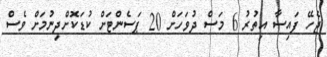
ޖެހޭ ފައިސާ އިތުރު 6 މަސް ދުވަހަށް 20 ޕަސެންޓަށް ކުޑަކޮށްދިނުމަށް ވެސް